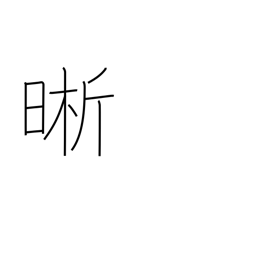
Meaning: clear